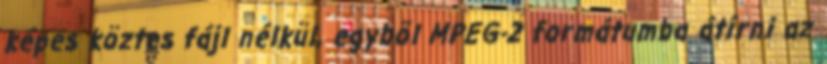
képes köztes fájl nélkül, egybõl MPEG-2 formátumba átírni az